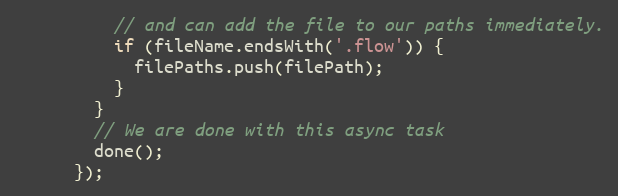
Language: JavaScript
          // and can add the file to our paths immediately.
          if (fileName.endsWith('.flow')) {
            filePaths.push(filePath);
          }
        }
        // We are done with this async task
        done();
      });